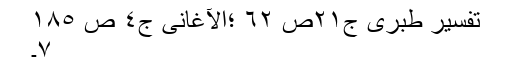
تفسیر طبری ج٢١ص ٦٢ ؛الآغانی ج٤ ص ١٨٥
٧۔